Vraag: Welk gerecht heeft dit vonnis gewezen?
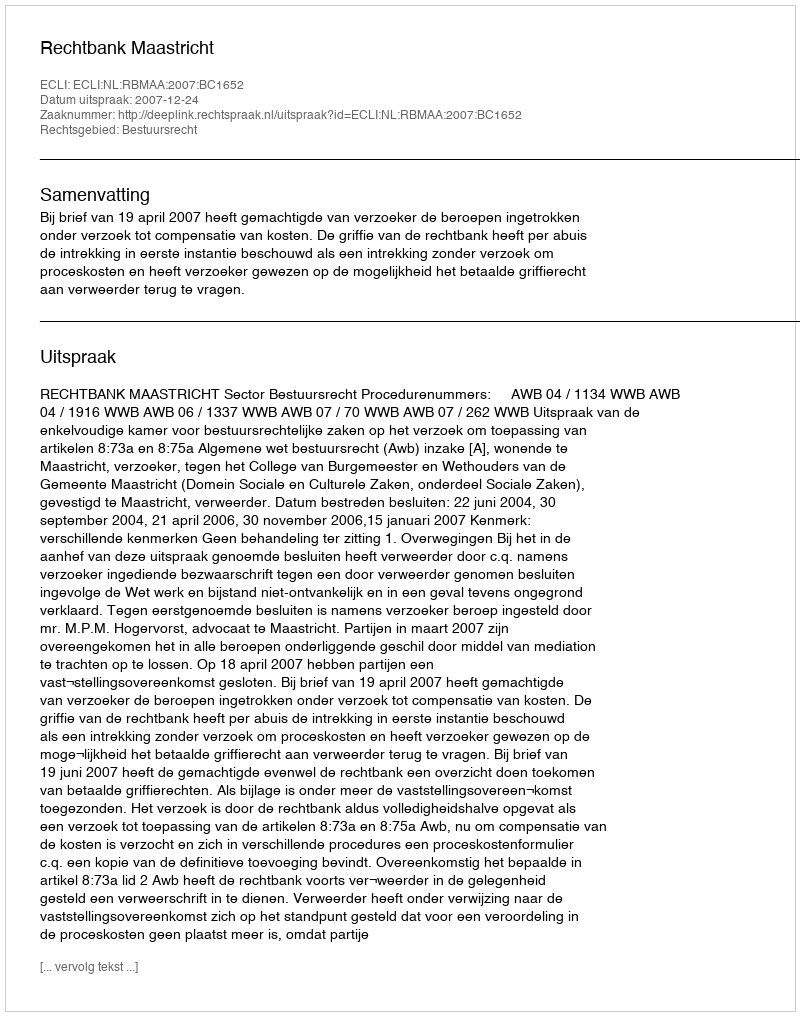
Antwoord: Rechtbank Maastricht